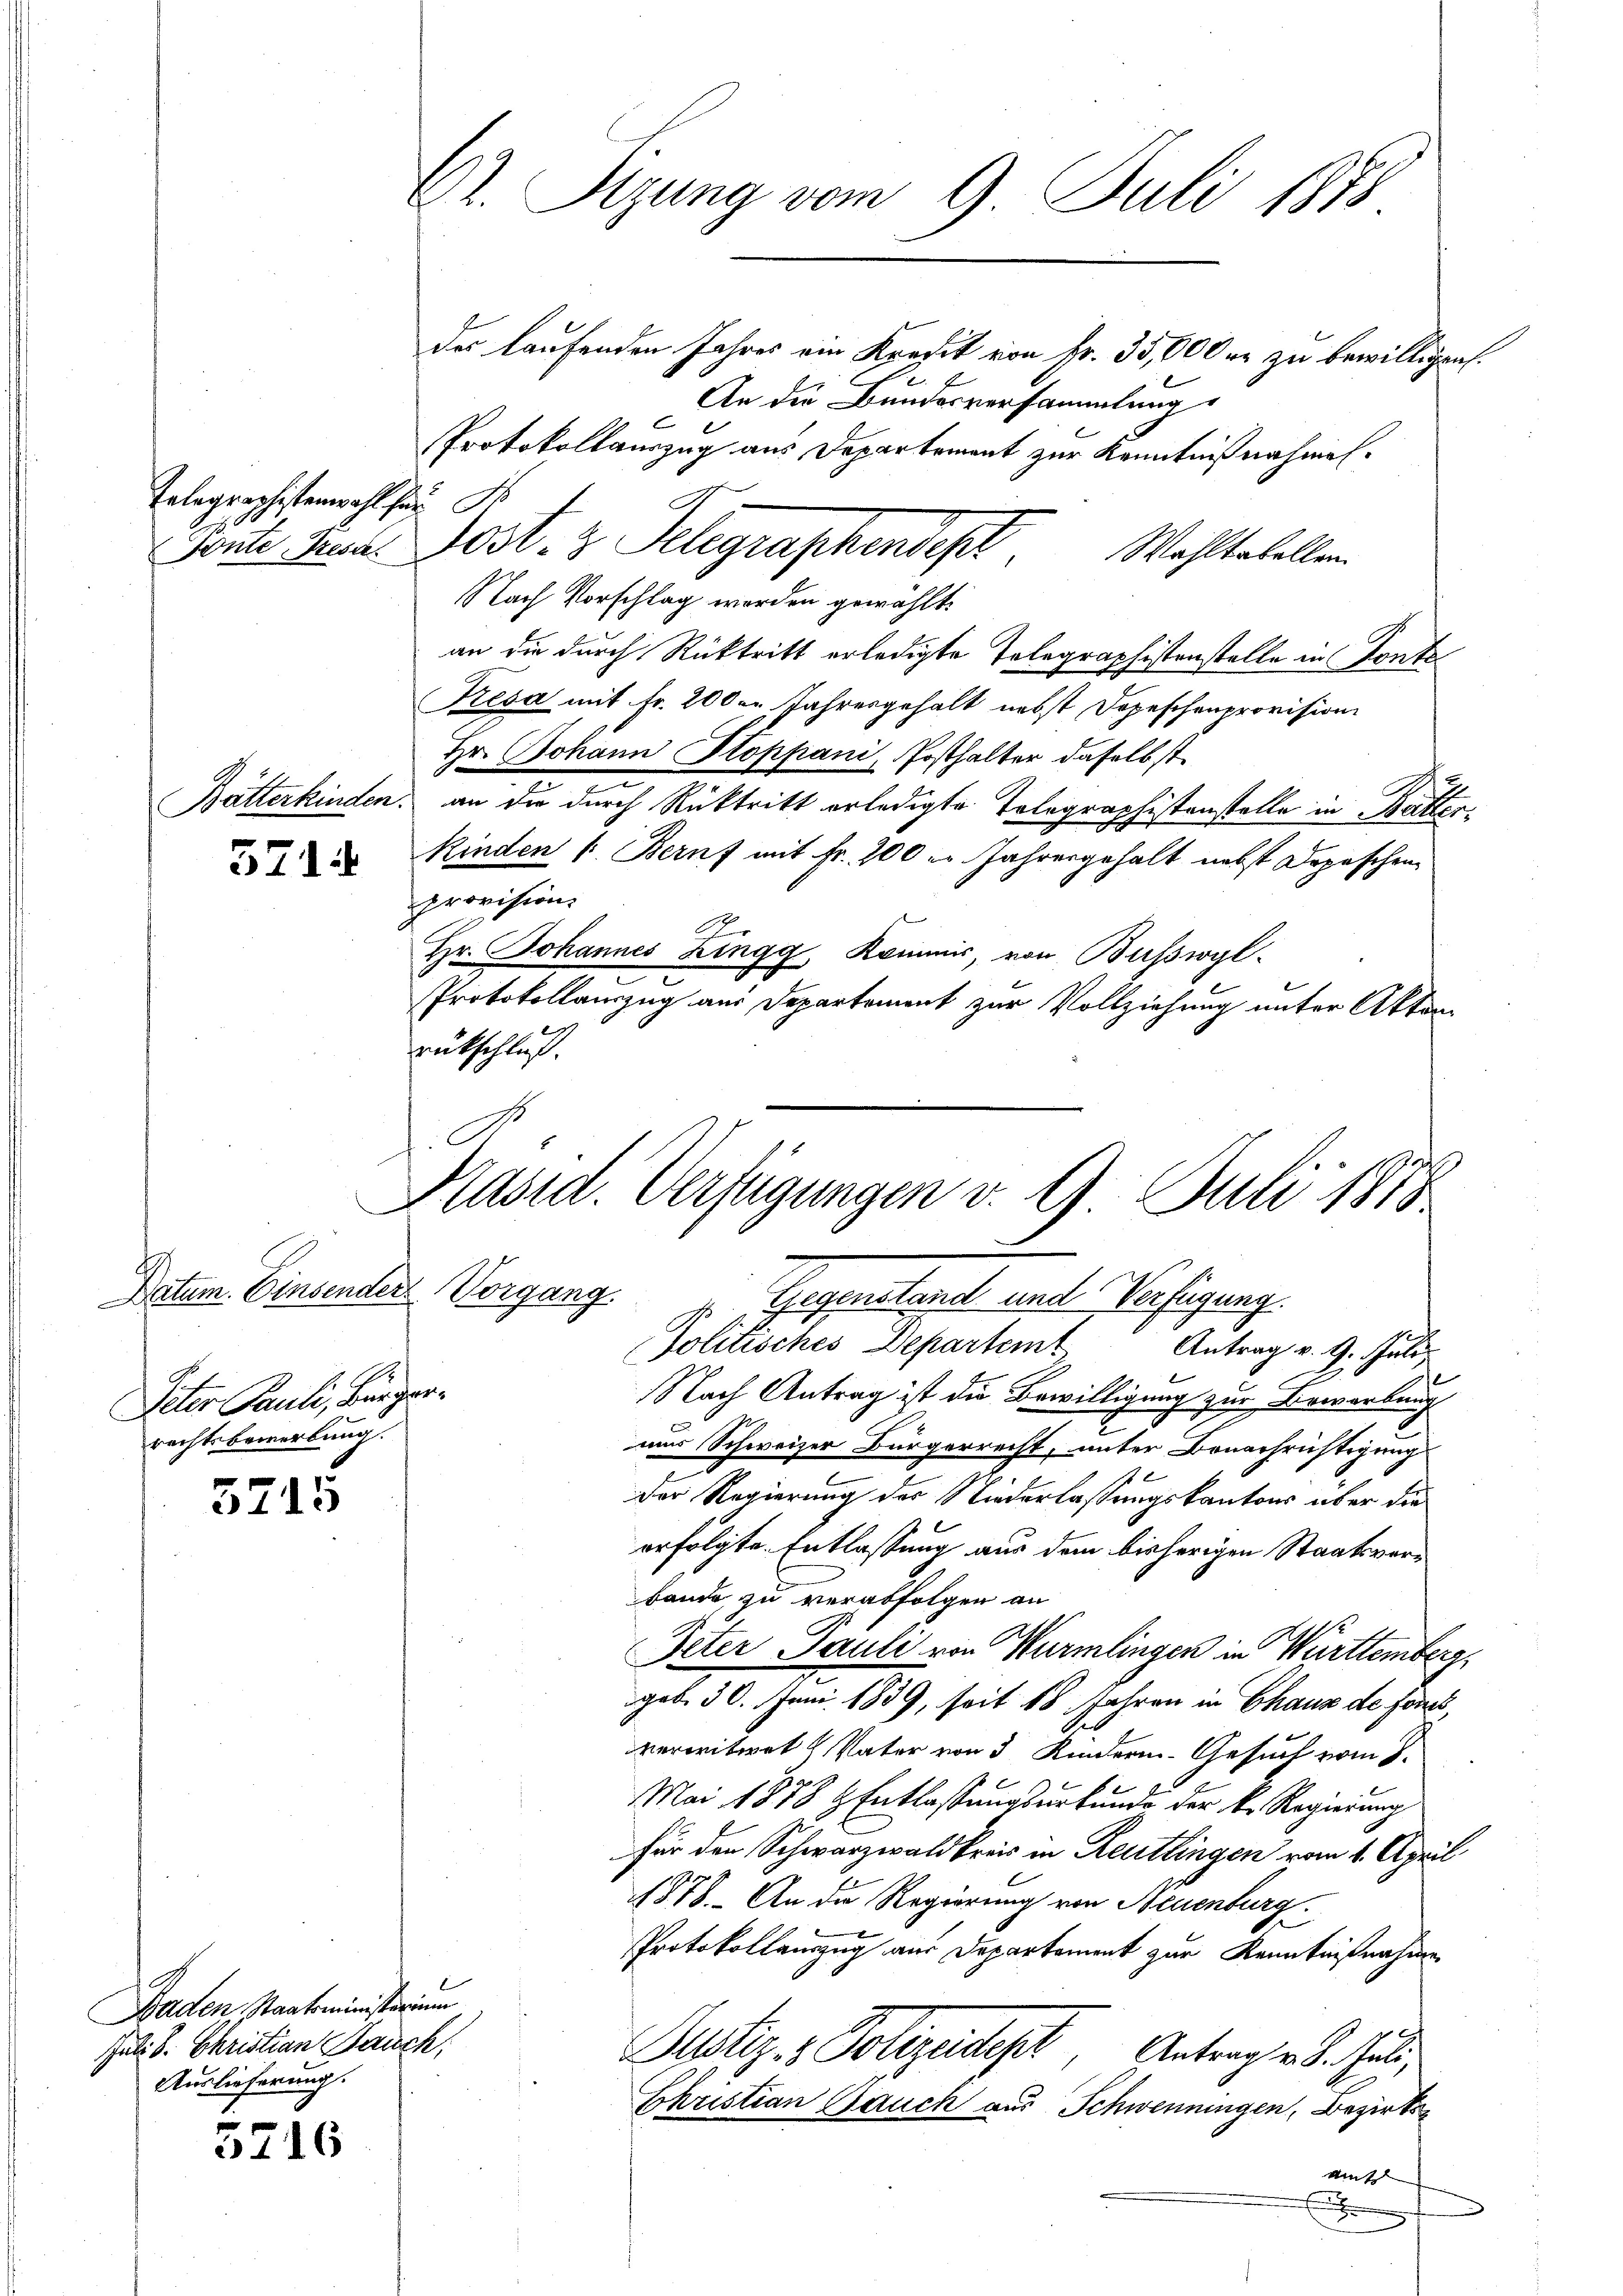
Telegraphistenwahl für

5714

Datum. Einsender Vorgang.
Peter Pauli, Bürgerrechtsbewerbung.

3715

Baden Staatsministerium
Juli d. Christian Bauch,
Auslieferung.

5716

C. Sizung vom 9. Juli 1888

des laufenden Jahres von Kredit von Fr. 35,000 er zu bewilligen.
An die Bundesversammlung
Protokollauszug aus Departement zur Kenntnißnahmen.
Ponte Mina Post. z. Telegraphendept
Wahltabellen.
Nach Vorschlag werden gewählt.
an die durch Rücktritt erledigte Telegraphistenstelle in Konte
Pesa mit Fr. 200er Jahresgehalt nebst Depeschenprovision
Hr. Johann Stoppani, Posthalter daselbst
Batterkinden, an die durch Rücktritt erledigte Tolegrae
listenstelle in Mutter.
J
Kinden " Beruf mit Fr. 200 er Jahresgehalt nebst Depeschen
provision.
Ar
Hr. Johannes Zingg, Kommis, von Büsswyl
Protokollauszug am Departement zur Vollziehung unter Akten
rutschluß.

.
Präsid. Verfügungen v. 9. Juli 1878
1 Gegenstand und Gefügung

Jolitisches Departemt Antrag v. 9. Juli
F
Nach Antrag ist die Bewilligung zur Erwerbung
2
nur Schweizer Bürgerrecht, unter Benachrichtigungs
Der Regierung des Niederlassungskantons über die
erfolgte Entlassung aus dem bisherigen Staatsverbande, zu verabfolgen an
Peter Pauli von Würmlingen in Württemberg,
geb. 30. Juni 1839, seit 18 Jahren in Chaus de foncivereitwet Vater von 5 Kindern Gesuch vom 8.
Mai 1878 & Entlassungsurkunde der k. Regierung
für den Schwarzwaldkreis in Reutlingen vom 1. April
1878. An die Regierung von Neuenburg.
Protokollauszug aus Departement zur Kenntnißnahmen
Justiz- & Polizeides Antrag v. 8. Juli,
Christian Gauch aus Schwenningen, Bezirks¬
Mit
e